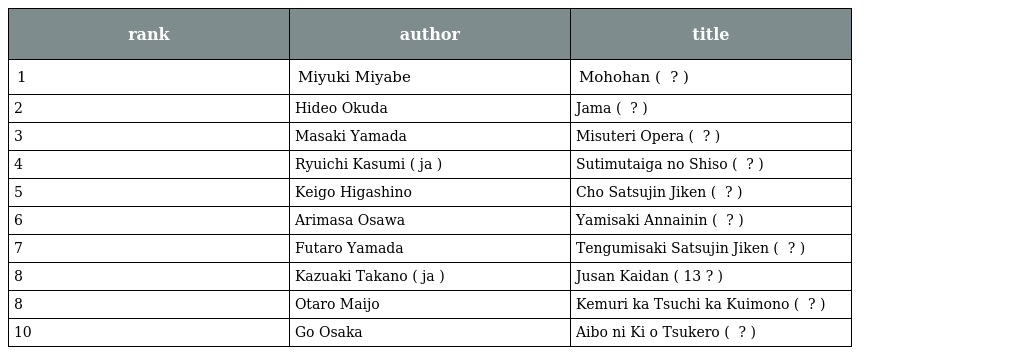
| rank | author | title |
 | --- | --- | --- |
 | 1 | Miyuki Miyabe | Mohohan ( 模倣犯 ? ) |
 | 2 | Hideo Okuda | Jama ( 邪魔 ? ) |
 | 3 | Masaki Yamada | Misuteri Opera ( ミステリ・オペラ ? ) |
 | 4 | Ryuichi Kasumi ( ja ) | Sutimutaiga no Shiso ( スティームタイガーの死走 ? ) |
 | 5 | Keigo Higashino | Cho Satsujin Jiken ( 超・殺人事件 ? ) |
 | 6 | Arimasa Osawa | Yamisaki Annainin ( 闇先案内人 ? ) |
 | 7 | Futaro Yamada | Tengumisaki Satsujin Jiken ( 天狗岬殺人事件 ? ) |
 | 8 | Kazuaki Takano ( ja ) | Jusan Kaidan ( 13階段 ? ) |
 | 8 | Otaro Maijo | Kemuri ka Tsuchi ka Kuimono ( 煙か土か食い物 ? ) |
 | 10 | Go Osaka | Aibo ni Ki o Tsukero ( 相棒に気をつけろ ? ) |